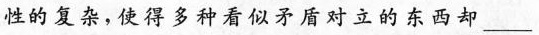
性的复杂，使得多种看似矛盾对立的东西却___